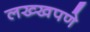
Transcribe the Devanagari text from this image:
लख्खपणे